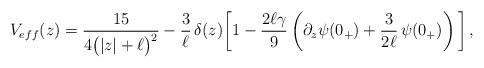
LaTeX: \begin{align*}V_{eff}(z)=\frac{15}{4\big(|z|+\ell\big)^2}-\frac{3}{\ell}\,\delta(z)\bigg[1-\frac{2\ell\gamma}{9}\left(\partial_z\psi(0_+)+\frac{3}{2\ell}\,\psi(0_+)\right)\bigg]\,,\end{align*}